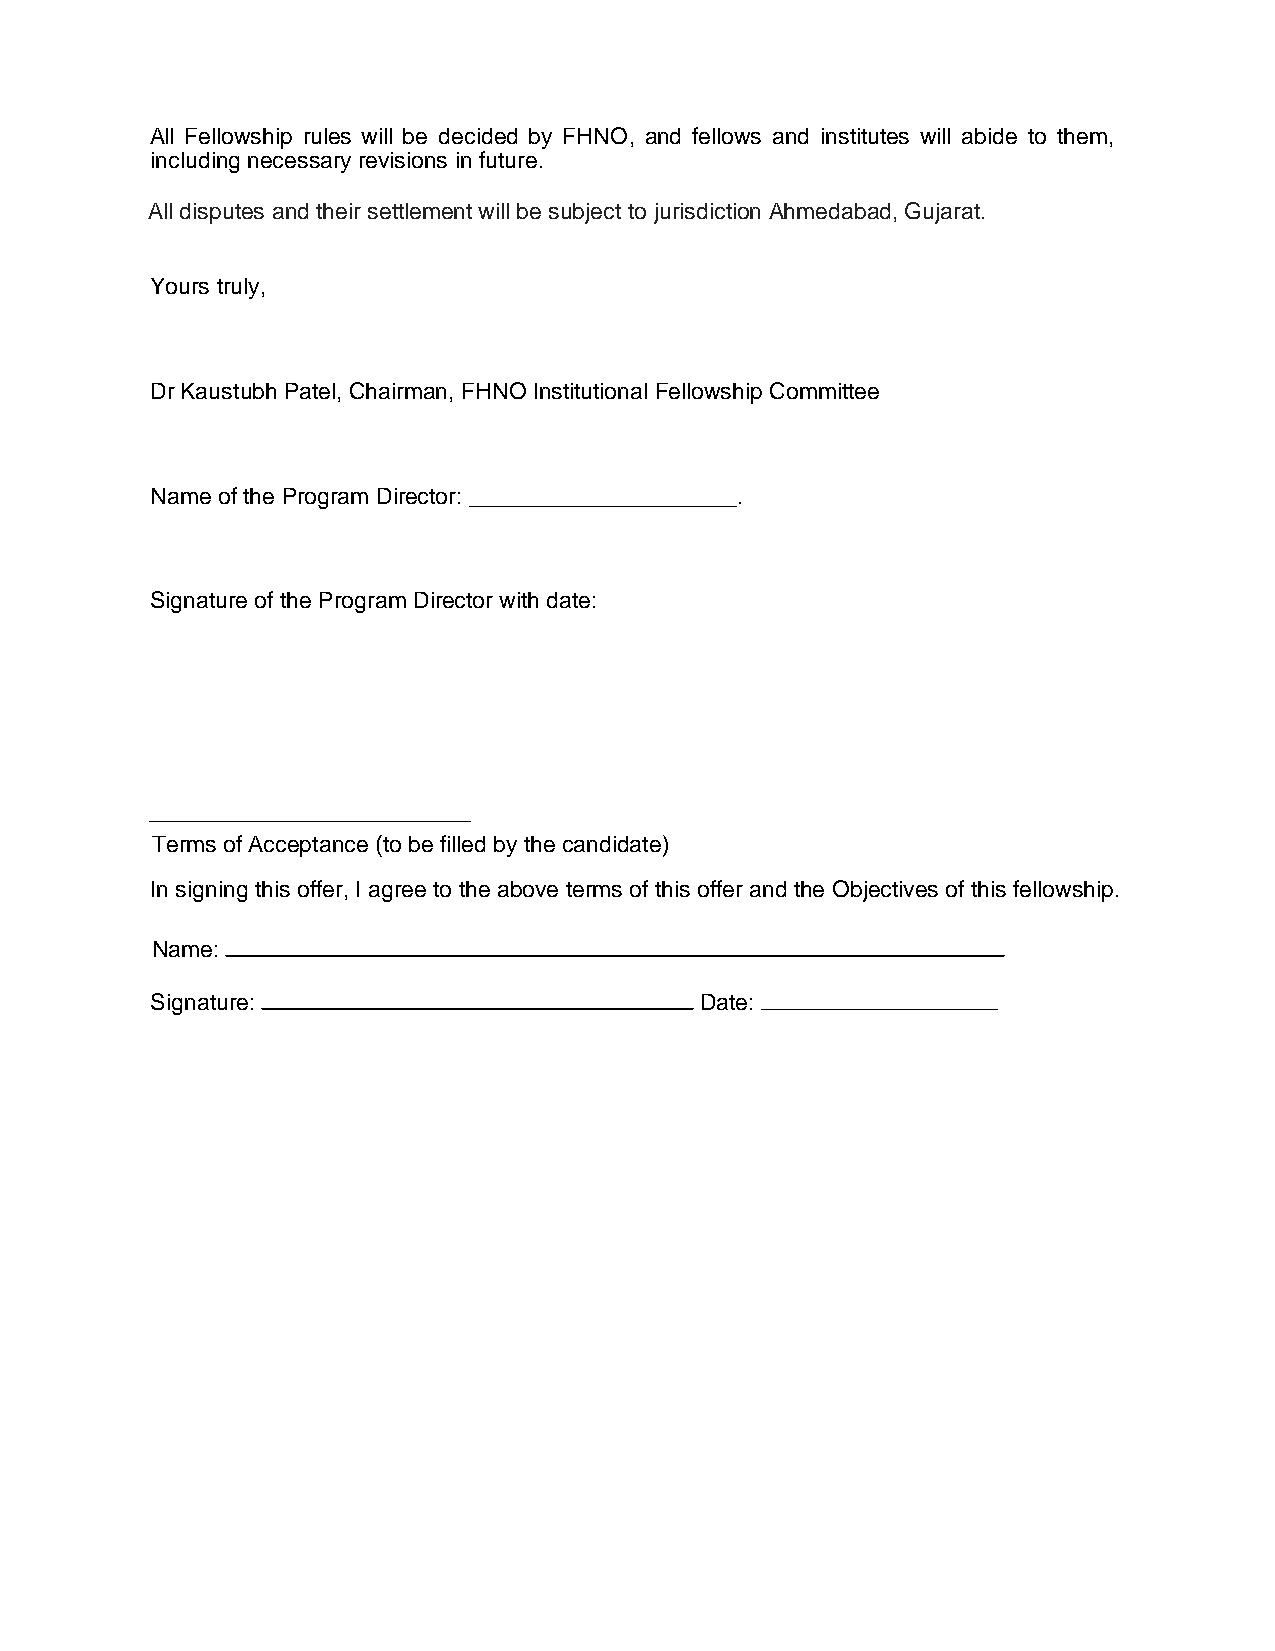
All Fellowship rules will be decided by FHNO, and fellows and institutes will abide to them,
 including necessary revisions in future.
 All disputes and their settlement will be subject to jurisdiction Ahmedabad, Gujarat.
 Yours truly,
 Dr Kaustubh Patel, Chairman, FHNO Institutional Fellowship Committee
 Name of the Program Director: _____________________.
 Signature of the Program Director with date:
 Terms of Acceptance (to be filled by the candidate)
 In signing this offer, I agree to the above terms of this offer and the Objectives of this fellowship.
 Name:
 Signature:                          Date: